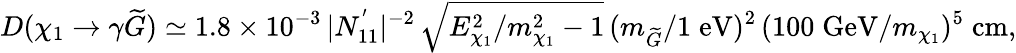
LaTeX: D(\chi_{1}\rightarrow\gamma\widetilde{G})\simeq 1.8\times 10^{-3}\, |N_{11}^{'}|^{-2}\, \sqrt{E_{\chi_{1}}^{2}/m_{\chi_{1}}^{2}-1}\, (m_{\widetilde{G}}/1\; \mathrm{eV})^{2}\, (100\; \mathrm{GeV}/m_{\chi_{1}})^{5}\; \mathrm{cm},